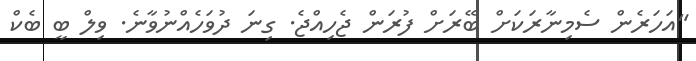
"އަހަރެން ސެމިނާރަކަށް ބޭރަށް ފުރަން ޖެހިއްޖެ. ގިނަ ދުވަހެއްނުވާނެ. ވިލް ބީ ބެކް